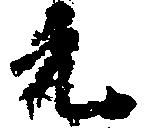
元